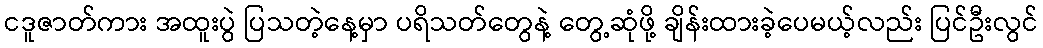
ငဒူဇာတ်ကား အထူးပွဲ ပြသတဲ့နေ့မှာ ပရိသတ်တွေနဲ့ တွေ့ဆုံဖို့ ချိန်းထားခဲ့ပေမယ့်လည်း ပြင်ဦးလွင်